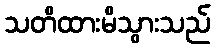
သတိထားမိသွားသည်